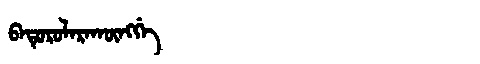
Manchu: ᠪᠠᡨᡠᡵᡠᠯᠠᡵᠠᡴᡡᠩᡤᡝ
Romanization: BATURULARAKŪNGGE